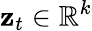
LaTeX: \boldsymbol{\mathbf{z}}_{t}\in\mathbb{{R}}^{k}